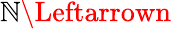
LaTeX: \mathbb{N}\Leftarrown